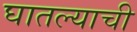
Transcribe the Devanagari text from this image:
घातल्याची